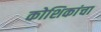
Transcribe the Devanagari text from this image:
कोशिकांचा